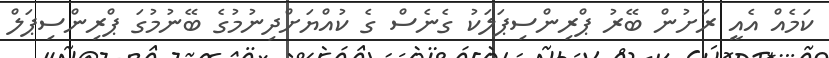
ކަމެއް އެއީ ރަށުން ބޭރު ޕްރިންސިޕަލަކު ގެނެސް ގެ ކުއްޔަށްދިނުމުގެ ބޭނުމުގަ ޕްރިންސިޕަލް